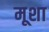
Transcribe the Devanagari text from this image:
मूशा